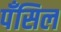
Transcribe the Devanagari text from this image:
पॅंसिल